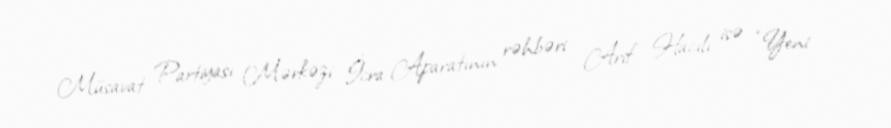
Müsavat Partiyası Mərkəzi İcra Aparatının rəhbəri Arif Hacılı isə “Yeni